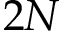
2 N